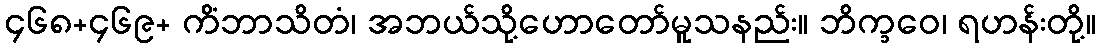
၄၆၈+၄၆၉+ ကိံဘာသိတံ၊ အဘယ်သို့ဟောတော်မူသနည်း။ ဘိက္ခဝေ၊ ရဟန်းတို့။